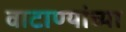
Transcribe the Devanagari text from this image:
वाटाण्यांच्या